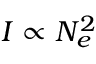
I \propto N _ { e } ^ { 2 }